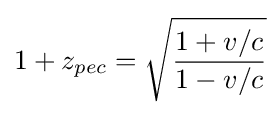
1+z_{pec}={\sqrt {\frac {1+v/c}{1-v/c}}}